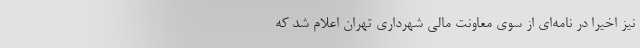
نیز اخیرا در نامه‌ای از سوی معاونت مالی شهرداری تهران اعلام شد که